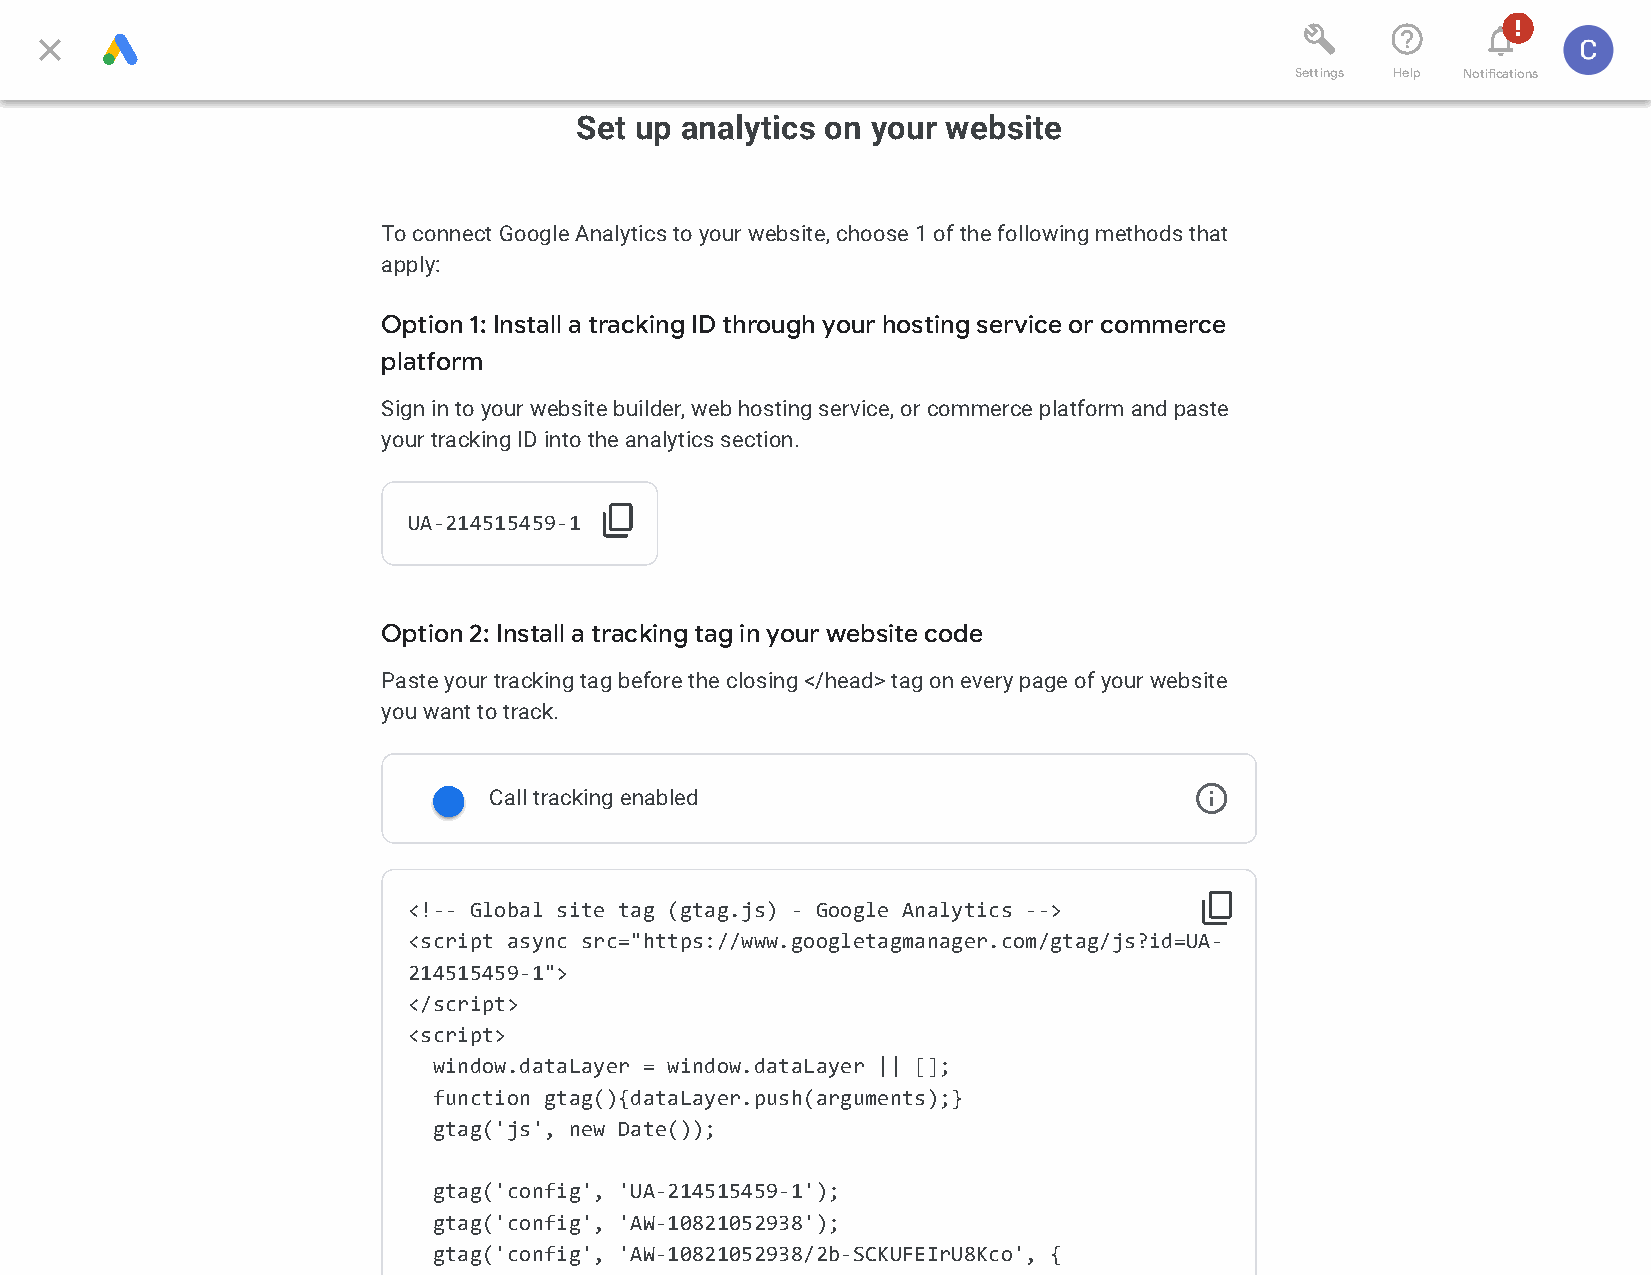
          
 
 Settings Help Notications
 Set up analytics on your website
 To connect Google Analytics to your website, choose 1 of the following methods that
 apply:
 Option 1: Install a tracking ID through your hosting service or commerce
 platform
 Sign in to your website builder, web hosting service, or commerce platform and paste
 your tracking ID into the analytics section.
 
 UA-214515459-1
 Option 2: Install a tracking tag in your website code
 Paste your tracking tag before the closing </head> tag on every page of your website
 you want to track.
 
 Call tracking enabled
 
 <!-- Global site tag (gtag.js) - Google Analytics -->
 <script async src="https://www.googletagmanager.com/gtag/js?id=UA-
 214515459-1">
 </script>
 <script>
 window.dataLayer = window.dataLayer || [];
 function gtag(){dataLayer.push(arguments);}
 gtag('js', new Date());
 gtag('config', 'UA-214515459-1');
 gtag('config', 'AW-10821052938');
 gtag('config', 'AW-10821052938/2b-SCKUFEIrU8Kco', {